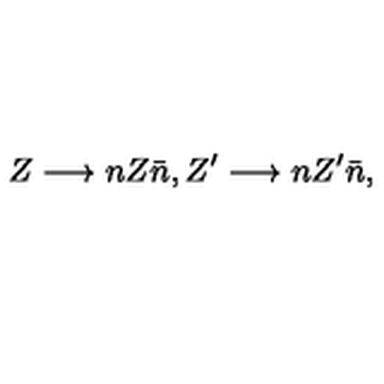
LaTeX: Z \longrightarrow n Z \bar { n } , Z ^ { \prime } \longrightarrow n Z ^ { \prime } \bar { n } ,